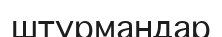
штурмандар